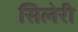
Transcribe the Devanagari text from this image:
सिलेरी